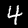
Label: 4